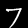
Digit: 7